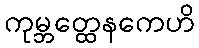
ကုမ္ဘတ္ထေနကေဟိ